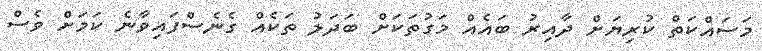
މަސައްކަތް ކުރިޔަށް ދާއިރު ބައެއް މަގުތަކަށް ބަދަލު ތަކެއް ގެނެސްފައިވާނެ ކަމަށް ވެސް